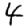
Digit: 4